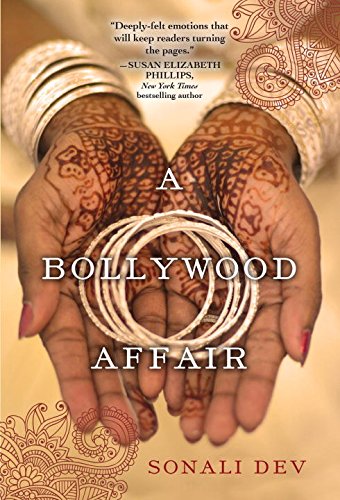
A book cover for A Bollywood Affair; Sonali Dev; Literature & Fiction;